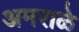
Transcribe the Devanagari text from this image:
अमराळे